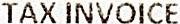
TAX INVOICE